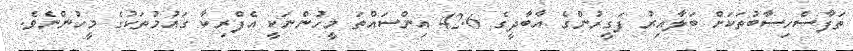
ތަފާސްހިސާބުތަކަށް ބަލާއިރު ފަގީރުންގެ އާބާދީގެ 42.6 އިންސައްތަ މީހުންނަކީ އެފްރިކާ ގައުމުތަކުގެ މީހުންނެވެ.